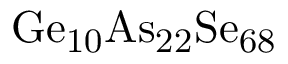
\mathrm { G e _ { 1 0 } A s _ { 2 2 } S e _ { 6 8 } }